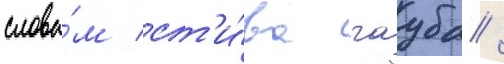
слова́м ст'и́ва гауба /